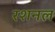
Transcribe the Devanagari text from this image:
रशनल